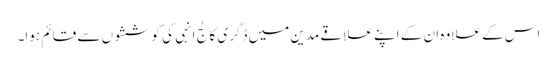
اس کے علاوہ ان کے اپنے علاقے مدین میں ڈگری کالج انہی کی کوششوں سے قائم ہوا۔